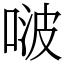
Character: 啵